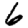
Digit: 6